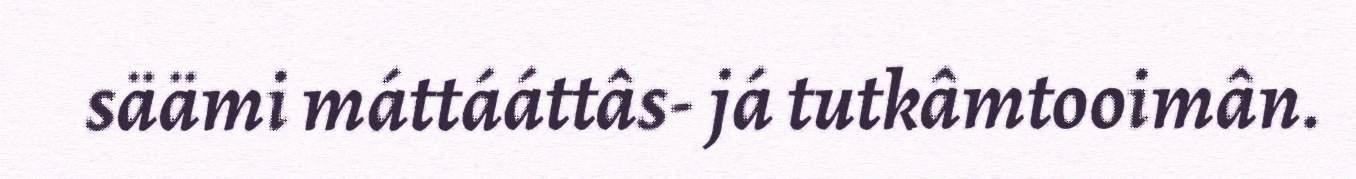
säämi máttááttâs- já tutkâmtooimân.